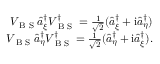
\begin{array} { r } { V _ { \textrm { B S } } \hat { a } _ { \xi } ^ { \dagger } V _ { \textrm { B S } } ^ { \dagger } = \frac { 1 } { \sqrt { 2 } } ( \hat { a } _ { \xi } ^ { \dagger } + \mathrm { i } \hat { a } _ { \eta } ^ { \dagger } ) } \\ { V _ { \textrm { B S } } \hat { a } _ { \eta } ^ { \dagger } V _ { \textrm { B S } } ^ { \dagger } = \frac { 1 } { \sqrt { 2 } } ( \hat { a } _ { \eta } ^ { \dagger } + \mathrm { i } \hat { a } _ { \xi } ^ { \dagger } ) . } \end{array}